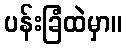
ပန်းခြံထဲမှာ။